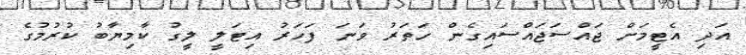
އަދި އެޓީމަށް ޖައްސަަޖައްސައިގެން ހަތަރު ވަނަ ފަހަރު އިޓަލީ ލީގު ކާމިޔާބު ކުރުމުގެ